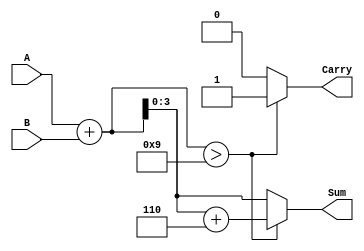
module BCD_Adder (
    input [3:0] A,      // First BCD digit
    input [3:0] B,      // Second BCD digit
    output reg [3:0] Sum, // BCD sum result
    output reg Carry     // Carry out
);

    wire [4:0] temp_sum; // 5 bits to handle carry
    wire correction;      // Correction flag

    // Step 1: Perform binary addition
    assign temp_sum = A + B;

    // Step 2: Check for BCD correction
    assign correction = temp_sum > 9;

    // Step 3: Calculate final BCD sum
    always @(*) begin
        if (correction) begin
            Sum = temp_sum + 4'b0110; // Add 6 for correction
            Carry = 1;                // Set carry
        end else begin
            Sum = temp_sum[3:0];      // Use lower 4 bits
            Carry = 0;                // No carry
        end
    end

endmodule